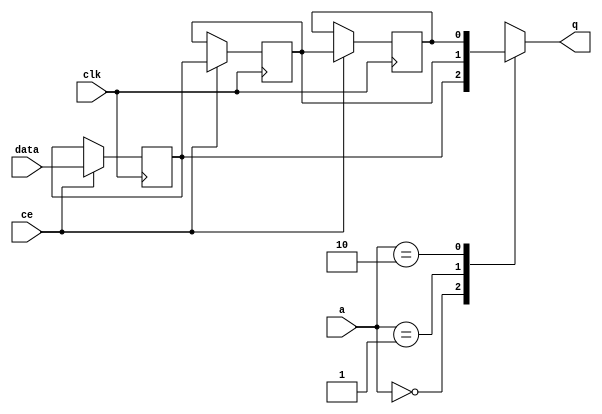
// ==============================================================
// Vitis HLS - High-Level Synthesis from C, C++ and OpenCL v2021.2 (64-bit)
// Copyright 1986-2021 Xilinx, Inc. All Rights Reserved.
// ==============================================================

`timescale 1 ns / 1 ps

module kernel_pr_start_for_write_back_5_U0_shiftReg (
    clk,
    data,
    ce,
    a,
    q);

parameter DATA_WIDTH = 32'd1;
parameter ADDR_WIDTH = 32'd2;
parameter DEPTH = 3'd3;

input clk;
input [DATA_WIDTH-1:0] data;
input ce;
input [ADDR_WIDTH-1:0] a;
output [DATA_WIDTH-1:0] q;

reg[DATA_WIDTH-1:0] SRL_SIG [0:DEPTH-1];
integer i;

always @ (posedge clk)
    begin
        if (ce)
        begin
            for (i=0;i<DEPTH-1;i=i+1)
                SRL_SIG[i+1] <= SRL_SIG[i];
            SRL_SIG[0] <= data;
        end
    end

assign q = SRL_SIG[a];

endmodule

module kernel_pr_start_for_write_back_5_U0 (
    clk,
    reset,
    if_empty_n,
    if_read_ce,
    if_read,
    if_dout,
    if_full_n,
    if_write_ce,
    if_write,
    if_din);

parameter MEM_STYLE   = "shiftreg";
parameter DATA_WIDTH  = 32'd1;
parameter ADDR_WIDTH  = 32'd2;
parameter DEPTH       = 3'd3;

input clk;
input reset;
output if_empty_n;
input if_read_ce;
input if_read;
output[DATA_WIDTH - 1:0] if_dout;
output if_full_n;
input if_write_ce;
input if_write;
input[DATA_WIDTH - 1:0] if_din;

wire[ADDR_WIDTH - 1:0] shiftReg_addr ;
wire[DATA_WIDTH - 1:0] shiftReg_data, shiftReg_q;
wire                     shiftReg_ce;
reg[ADDR_WIDTH:0] mOutPtr = ~{(ADDR_WIDTH+1){1'b0}};
reg internal_empty_n = 0;
reg internal_full_n = 1;

assign if_full_n = internal_full_n;
assign if_empty_n = internal_empty_n;
assign shiftReg_data = if_din;
assign if_dout = shiftReg_q;

always @ (posedge clk) begin
    if (reset == 1'b1)
    begin
        mOutPtr <= ~{ADDR_WIDTH+1{1'b0}};
        internal_empty_n <= 1'b0;
        internal_full_n <= 1'b1;
    end
    else begin
        if (((if_read & if_read_ce) == 1 & internal_empty_n == 1) && 
            ((if_write & if_write_ce) == 0 | internal_full_n == 0))
        begin
            mOutPtr <= mOutPtr - 3'd1;
            if (mOutPtr == 3'd0)
                internal_empty_n <= 1'b0;
            internal_full_n <= 1'b1;
        end 
        else if (((if_read & if_read_ce) == 0 | internal_empty_n == 0) && 
            ((if_write & if_write_ce) == 1 & internal_full_n == 1))
        begin
            mOutPtr <= mOutPtr + 3'd1;
            internal_empty_n <= 1'b1;
            if (mOutPtr == DEPTH - 3'd2)
                internal_full_n <= 1'b0;
        end 
    end
end

assign shiftReg_addr = mOutPtr[ADDR_WIDTH] == 1'b0 ? mOutPtr[ADDR_WIDTH-1:0]:{ADDR_WIDTH{1'b0}};
assign shiftReg_ce = (if_write & if_write_ce) & internal_full_n;

kernel_pr_start_for_write_back_5_U0_shiftReg 
#(
    .DATA_WIDTH(DATA_WIDTH),
    .ADDR_WIDTH(ADDR_WIDTH),
    .DEPTH(DEPTH))
U_kernel_pr_start_for_write_back_5_U0_ram (
    .clk(clk),
    .data(shiftReg_data),
    .ce(shiftReg_ce),
    .a(shiftReg_addr),
    .q(shiftReg_q));

endmodule